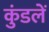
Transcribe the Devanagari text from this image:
कुंडलें